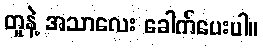
တူနဲ့ အသာလေး ခေါက်ပေးပါ။